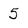
Character: 5